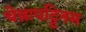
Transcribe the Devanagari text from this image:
चेन्नापट्टिनम